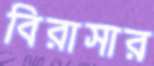
বিরাসার